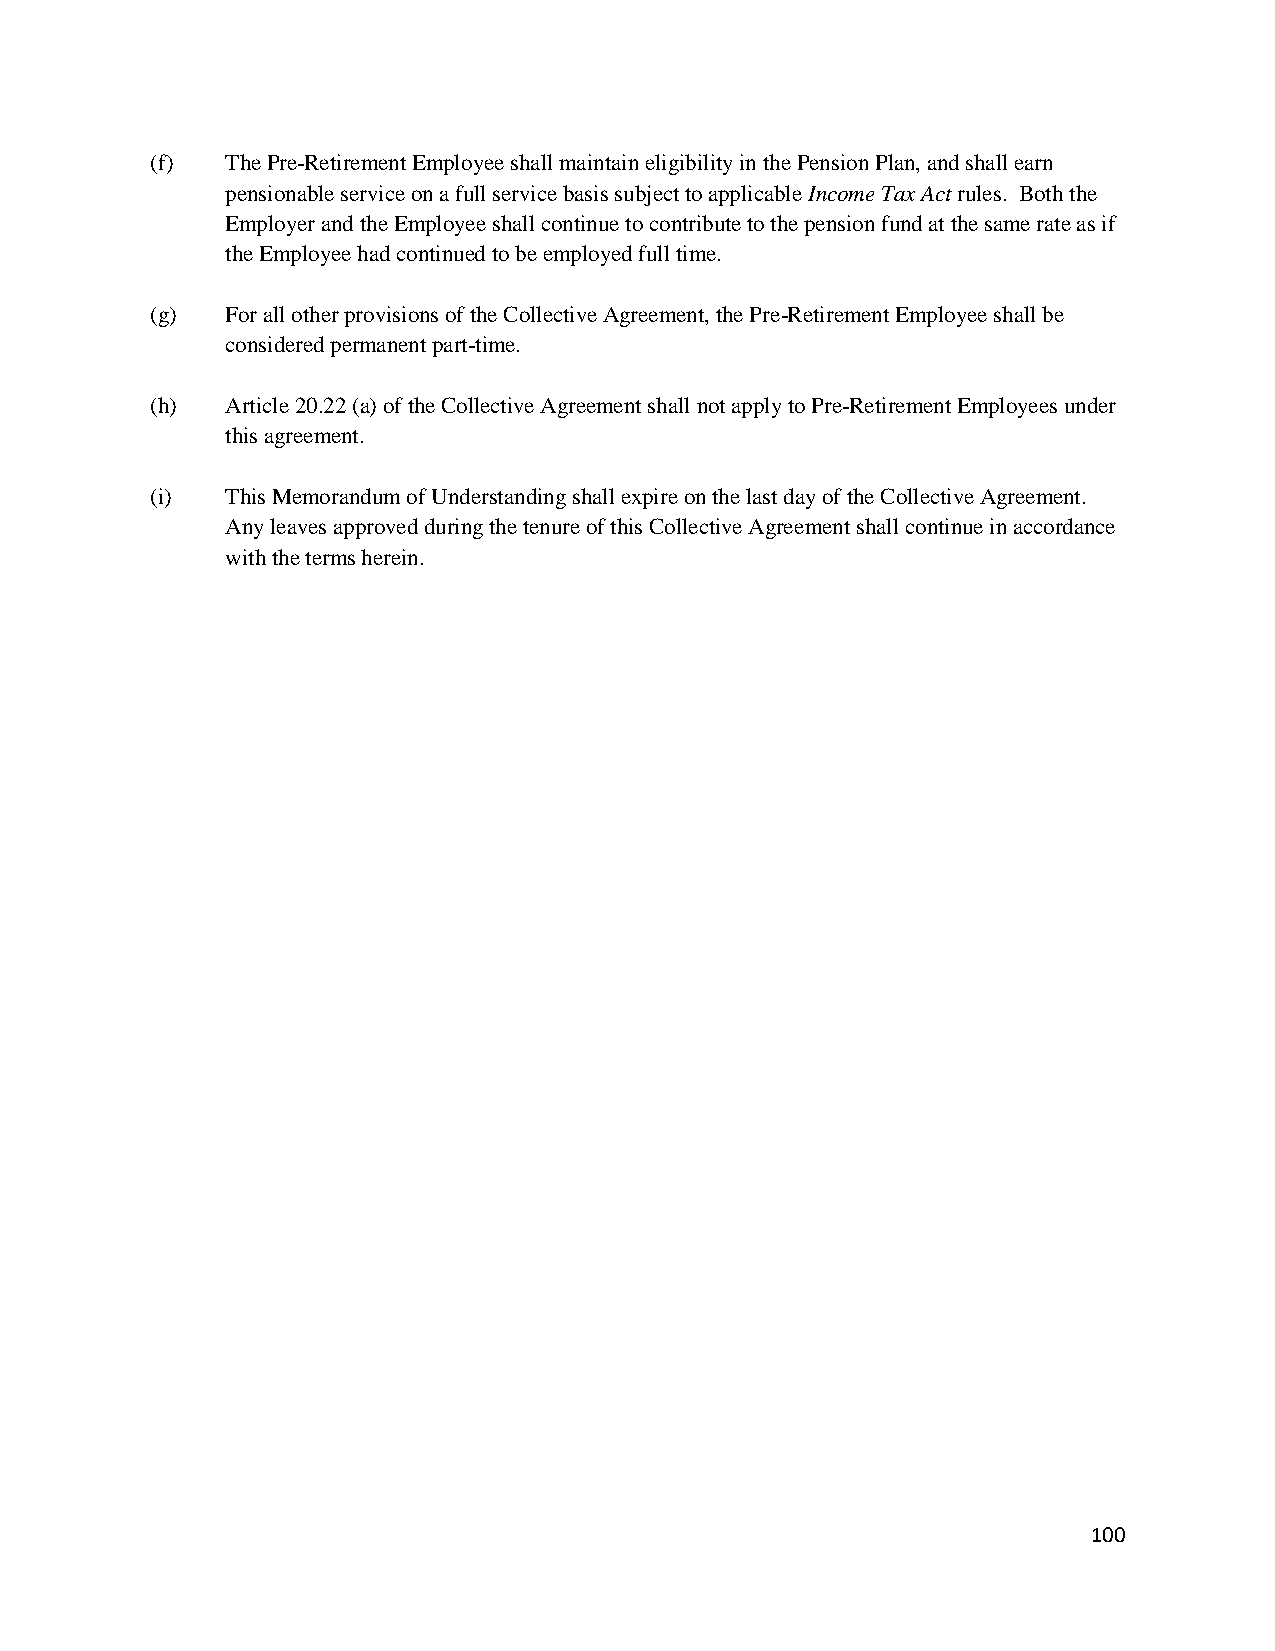
(f)  The Pre-Retirement Employee shall maintain eligibility in the Pension Plan, and shall earn
 pensionable service on a full service basis subject to applicable Income Tax Act rules. Both the
 Employer and the Employee shall continue to contribute to the pension fund at the same rate as if
 the Employee had continued to be employed full time.
 (g)  For all other provisions of the Collective Agreement, the Pre-Retirement Employee shall be
 considered permanent part-time.
 (h)  Article 20.22 (a) of the Collective Agreement shall not apply to Pre-Retirement Employees under
 this agreement.
 (i)  This Memorandum of Understanding shall expire on the last day of the Collective Agreement.
 Any leaves approved during the tenure of this Collective Agreement shall continue in accordance
 with the terms herein.
 100